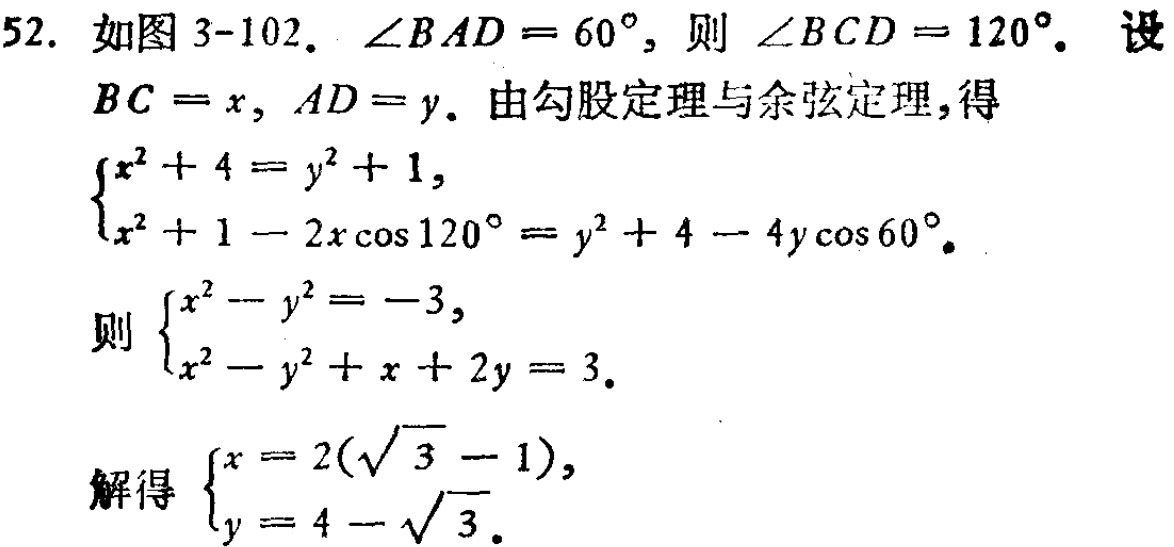
52. 如图 3-102. $\angle BAD = 60^{\circ}$, 则 $\angle BCD = 120^{\circ}$. 设
$BC = x, AD = y$. 由勾股定理与余弦定理,得
$\begin{cases}
x^{2}+4 = y^{2}+1,\\
x^{2}+1 - 2x\cos120^{\circ}=y^{2}+4 - 4y\cos60^{\circ}.
\end{cases}$
则 $\begin{cases}
x^{2}-y^{2} = -3,\\
x^{2}-y^{2}+x + 2y = 3.
\end{cases}$
解得 $\begin{cases}
x = 2(\sqrt{3}-1),\\
y = 4-\sqrt{3}.
\end{cases}$